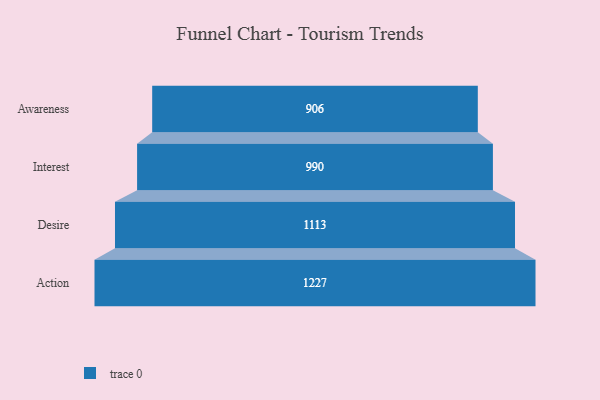
{"axis": {"x": "Stage", "y": "Value"}, "legend": [""], "data": [{"x": "Awareness", "y": 906.0, "type": ""}, {"x": "Interest", "y": 990.0, "type": ""}, {"x": "Desire", "y": 1113.0, "type": ""}, {"x": "Action", "y": 1227.0, "type": ""}]}